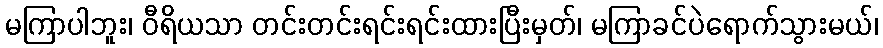
မကြာပါဘူး၊ ဝီရိယသာ တင်းတင်းရင်းရင်းထားပြီးမှတ်၊ မကြာခင်ပဲရောက်သွားမယ်၊